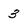
Character: 3